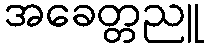
အခေတ္တညူ